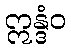
ဣန္ဒံဝ